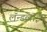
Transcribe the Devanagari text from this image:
लॅन्डलाईन